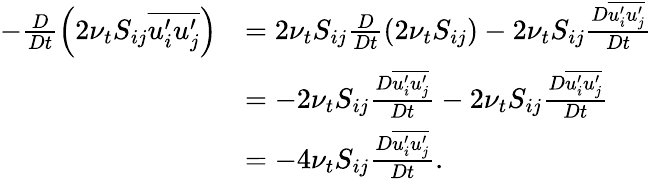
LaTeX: \begin{array}{rl}{-\frac{D}{Dt}\left(2\nu_{t}S_{ij}\overline{{u_{i}^{\prime}u_{j}^{\prime}}}\right)}&{=2\nu_{t}S_{ij}\frac{D}{Dt}\left(2\nu_{t}S_{ij}\right)-2\nu_{t}S_{ij}\frac{D\overline{{u_{i}^{\prime}u_{j}^{\prime}}}}{Dt}}\\ &{=-2\nu_{t}S_{ij}\frac{D\overline{{u_{i}^{\prime}u_{j}^{\prime}}}}{Dt}-2\nu_{t}S_{ij}\frac{D\overline{{u_{i}^{\prime}u_{j}^{\prime}}}}{Dt}}\\ &{=-4\nu_{t}S_{ij}\frac{D\overline{{u_{i}^{\prime}u_{j}^{\prime}}}}{Dt}.}\end{array}